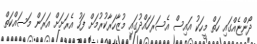
ދޯންޏެއްގައި ހަތް މީހަކު އައިސް އެސަރަހައްދުގައި މުޒާހަރާކުރުމަށް ފަހު އެރަށަށް އަރަން މަސައްކަތް